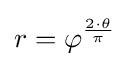
r=\varphi ^{\frac {2\cdot \theta }{\pi }}